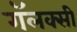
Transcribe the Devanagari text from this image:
गॅलक्सी